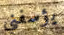
يؤسفني